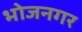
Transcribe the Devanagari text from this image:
भोजनगर